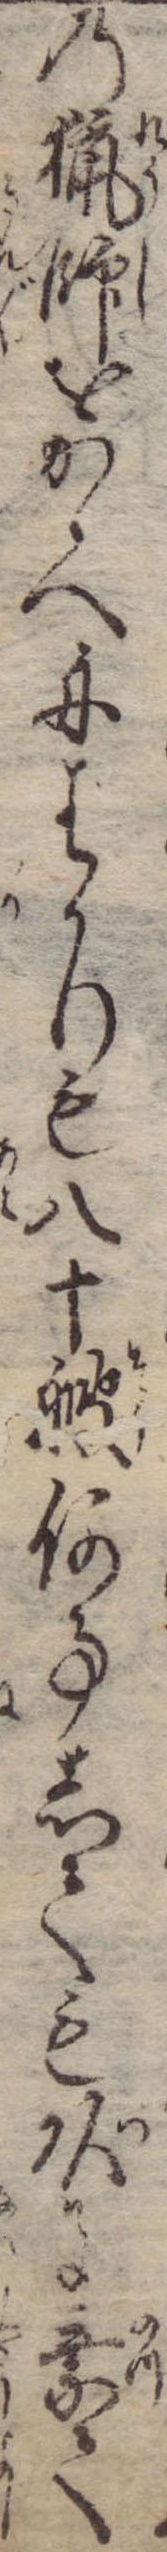
の猟師をかゝへ舟はかりも八十艘何事しても頭に乗て